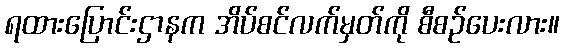
ရထားပြောင်းဌာနက အိပ်စင်လက်မှတ်ကို စီစဉ်ပေးလား။